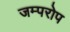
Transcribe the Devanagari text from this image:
जम्परोप